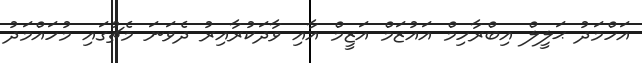
އަހްމަދު ޙަލީލް އިބްރާހިމް އައުޒަމް އަޒީމް އާއި ވާދަކުރާއިރު ދެވަނަ މެޗުގައި މުހައްމަދު